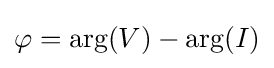
\varphi =\arg(V)-\arg(I)